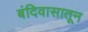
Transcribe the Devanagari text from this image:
बंदिवासातून